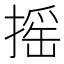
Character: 摇